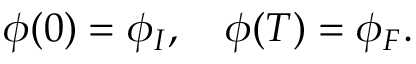
\phi ( 0 ) = \phi _ { I } , \quad \phi ( T ) = \phi _ { F } .